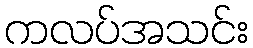
ကလပ်အသင်း